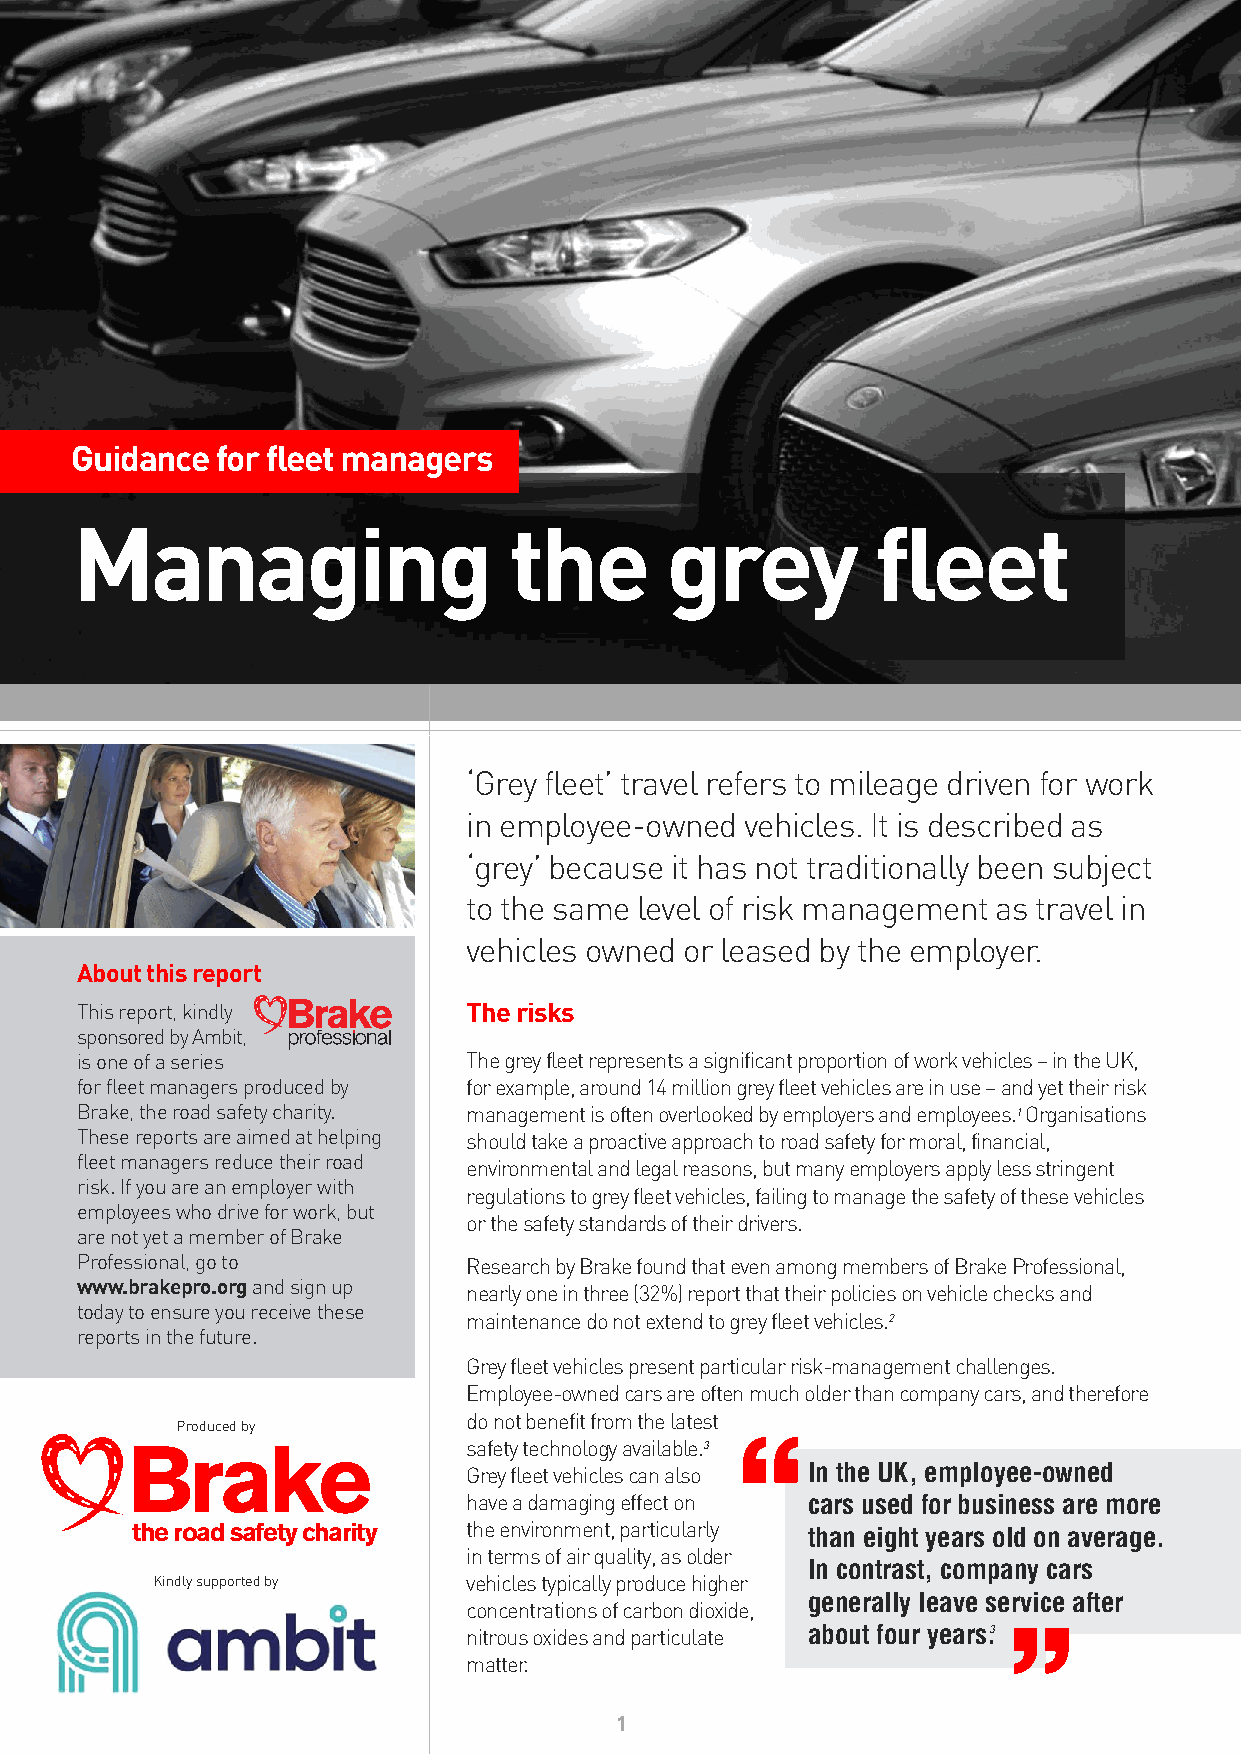
Guidance for fleet managers
 Managing                     the       grey          fleet
 ‘Grey fleet’ travel refers to mileage driven for work
 in employee-owned vehicles. It is described as
 ‘grey’ because it has not traditionally been subject
 to the same level of risk management as travel in
 vehicles owned or leased by the employer.
 About this report
 This report, kindly       The risks
 sponsored by Ambit,
 is one of a series        The grey fleet represents a significant proportion of work vehicles – in the UK,
 for fleet managers produced by for example, around 14 million grey fleet vehicles are in use – and yet their risk
 Brake, the road safety charity. management is often overlooked by employers and employees. Organisations
 1
 These reports are aimed at helping should take a proactive approach to road safety for moral, financial,
 fleet managers reduce their road
 environmental and legal reasons, but many employers apply less stringent
 risk. If you are an employer with
 regulations to grey fleet vehicles, failing to manage the safety of these vehicles
 employees who drive for work, but
 or the safety standards of their drivers.
 are not yet a member of Brake
 Professional, go to       Research by Brake found that even among members of Brake Professional,
 www.brakepro.organd sign up
 nearly one in three (32%) report that their policies on vehicle checks and
 today to ensure you receive these
 maintenance do not extend to grey fleet vehicles.
 2
 reports in the future.
 Grey fleet vehicles present particular risk-management challenges.
 Employee-owned cars are often much older than company cars, and therefore
 do not benefit from the latest “
 Produced by
 Brake                  safety technology available. 3
 Grey fleet vehicles can also In the UK, employee-owned
 have a damaging effect on cars used for business are more
 the road safety charity the environment, particularly than eight years old on average.
 in terms of air quality, as older
 In contrast, company cars
 Kindly supported by  vehicles typically produce higher   “
 generally leave service after
 concentrations of carbon dioxide,
 nitrous oxides and particulate about four years. 3
 matter.
 1